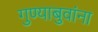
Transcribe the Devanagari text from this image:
गुण्याबुवांना